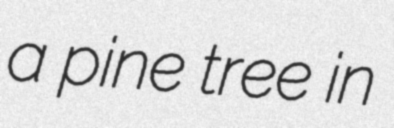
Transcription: a pine tree in